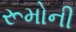
રૂમોની